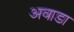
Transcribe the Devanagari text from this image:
अवाडा